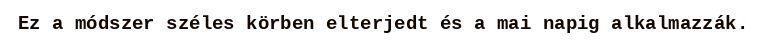
Ez a módszer széles körben elterjedt és a mai napig alkalmazzák.